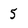
Character: 5